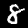
Label: 8